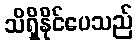
သိရှိနိုင်ပေသည်